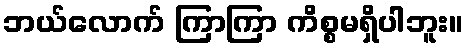
ဘယ်လောက် ကြာကြာ ကိစ္စမရှိပါဘူး။